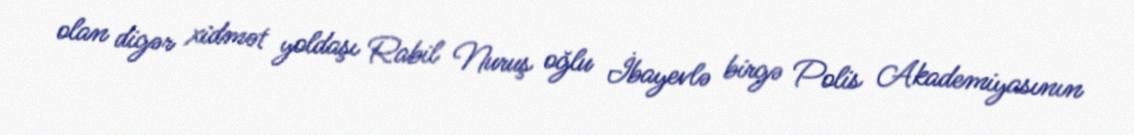
olan digər xidmət yoldaşı Rabil Nuruş oğlu İbayevlə birgə Polis Akademiyasının